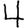
Digit: 4